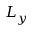
L _ { y }